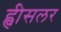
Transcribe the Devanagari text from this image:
ह्वीसलर